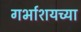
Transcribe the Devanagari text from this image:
गर्भाशयच्या